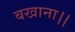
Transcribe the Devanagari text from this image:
बखाना।।